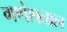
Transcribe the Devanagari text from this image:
गणेशताल